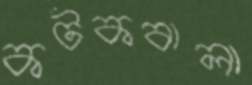
কটকবালা